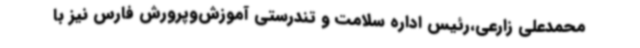
محمدعلی زارعی،رئیس اداره سلامت و تندرستی آموزش‌وپرورش فارس نیز با